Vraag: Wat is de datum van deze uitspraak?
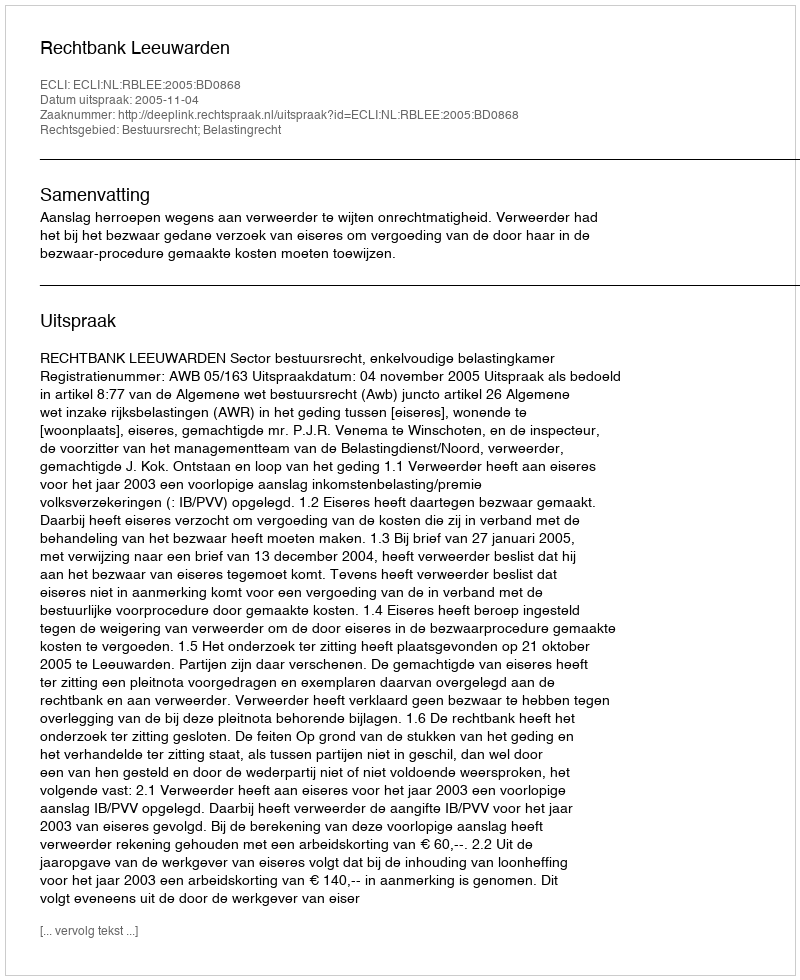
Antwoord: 2005-11-04